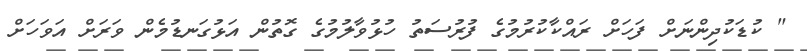
" ކުޑަކުދިންނަށް ފަހަށް ރައްކާކުރުމުގެ ފުރުސަތު ހުޅުވާލުމުގެ ގޮތުން އަޅުގަނޑުމެން ވަރަށް އަވަހަށް